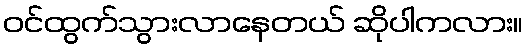
ဝင်ထွက်သွားလာနေတယ် ဆိုပါကလား။